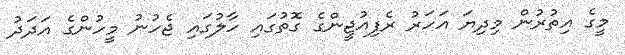
މީގެ އިތުރުން މިދިޔަ އަހަރު ރެފިއުޖީންގެ ގޮތުގައި ހާލުގައި ޖެހުނު މީހުންގެ އަދަދު